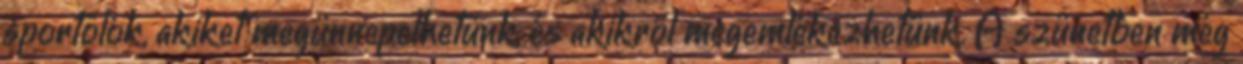
sportolók, akiket megünnepelhetünk, és akikről megemlékezhetünk. A szünetben még